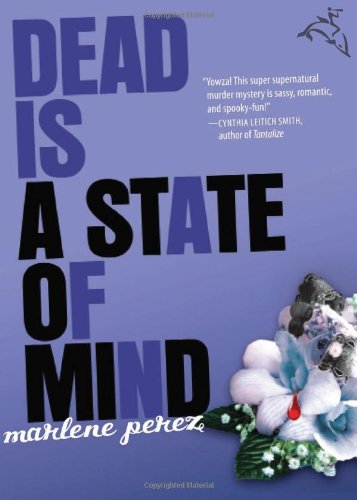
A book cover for Dead Is a State of Mind; Marlene Perez; Teen & Young Adult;